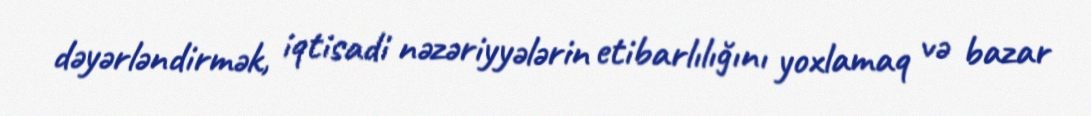
dəyərləndirmək, iqtisadi nəzəriyyələrin etibarlılığını yoxlamaq və bazar